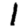
Digit: 1